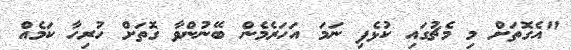
"އެގޮތަށް މި މެޗުގައި ކުޅެފި ނަމަ އަހަރެމެން ބޭނުންވާ ގޮތަށް ހުރިހާ ކަމެއް